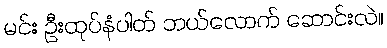
မင်း ဦးထုပ်နံပါတ် ဘယ်လောက် ဆောင်းလဲ။